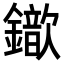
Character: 𨮈